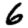
Digit: 6